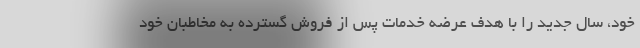
خود، سال جدید را با هدف عرضه خدمات پس از فروش گسترده به مخاطبان خود